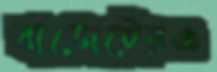
বাজেটেরও